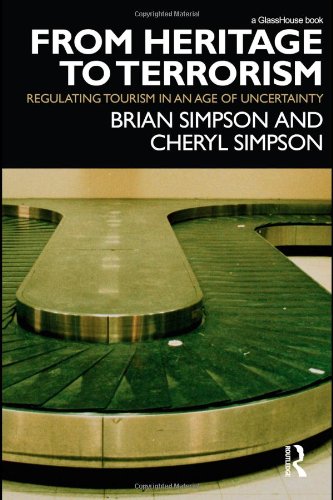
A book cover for From Heritage to Terrorism: Regulating Tourism in an Age of Uncertainty; Brian Simpson; Law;